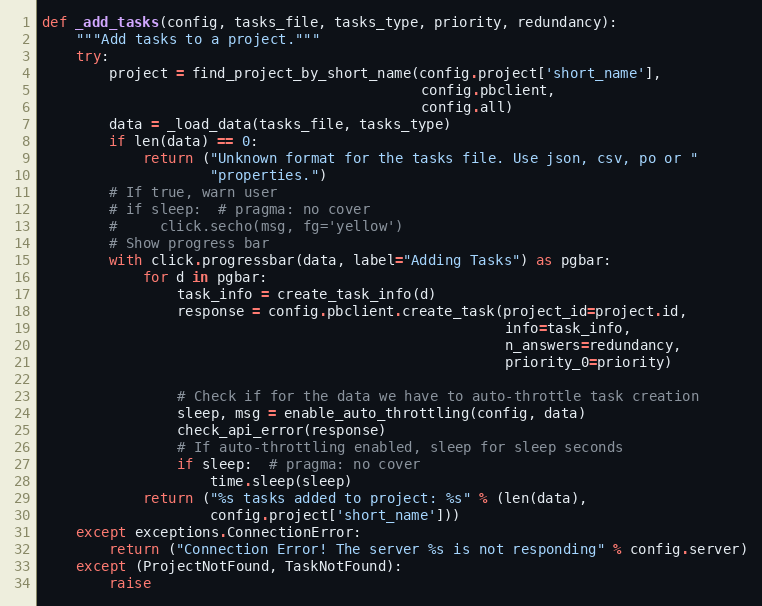
Language: Python
def _add_tasks(config, tasks_file, tasks_type, priority, redundancy):
    """Add tasks to a project."""
    try:
        project = find_project_by_short_name(config.project['short_name'],
                                             config.pbclient,
                                             config.all)
        data = _load_data(tasks_file, tasks_type)
        if len(data) == 0:
            return ("Unknown format for the tasks file. Use json, csv, po or "
                    "properties.")
        # If true, warn user
        # if sleep:  # pragma: no cover
        #     click.secho(msg, fg='yellow')
        # Show progress bar
        with click.progressbar(data, label="Adding Tasks") as pgbar:
            for d in pgbar:
                task_info = create_task_info(d)
                response = config.pbclient.create_task(project_id=project.id,
                                                       info=task_info,
                                                       n_answers=redundancy,
                                                       priority_0=priority)

                # Check if for the data we have to auto-throttle task creation
                sleep, msg = enable_auto_throttling(config, data)
                check_api_error(response)
                # If auto-throttling enabled, sleep for sleep seconds
                if sleep:  # pragma: no cover
                    time.sleep(sleep)
            return ("%s tasks added to project: %s" % (len(data),
                    config.project['short_name']))
    except exceptions.ConnectionError:
        return ("Connection Error! The server %s is not responding" % config.server)
    except (ProjectNotFound, TaskNotFound):
        raise